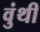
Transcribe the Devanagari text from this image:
वुंथी